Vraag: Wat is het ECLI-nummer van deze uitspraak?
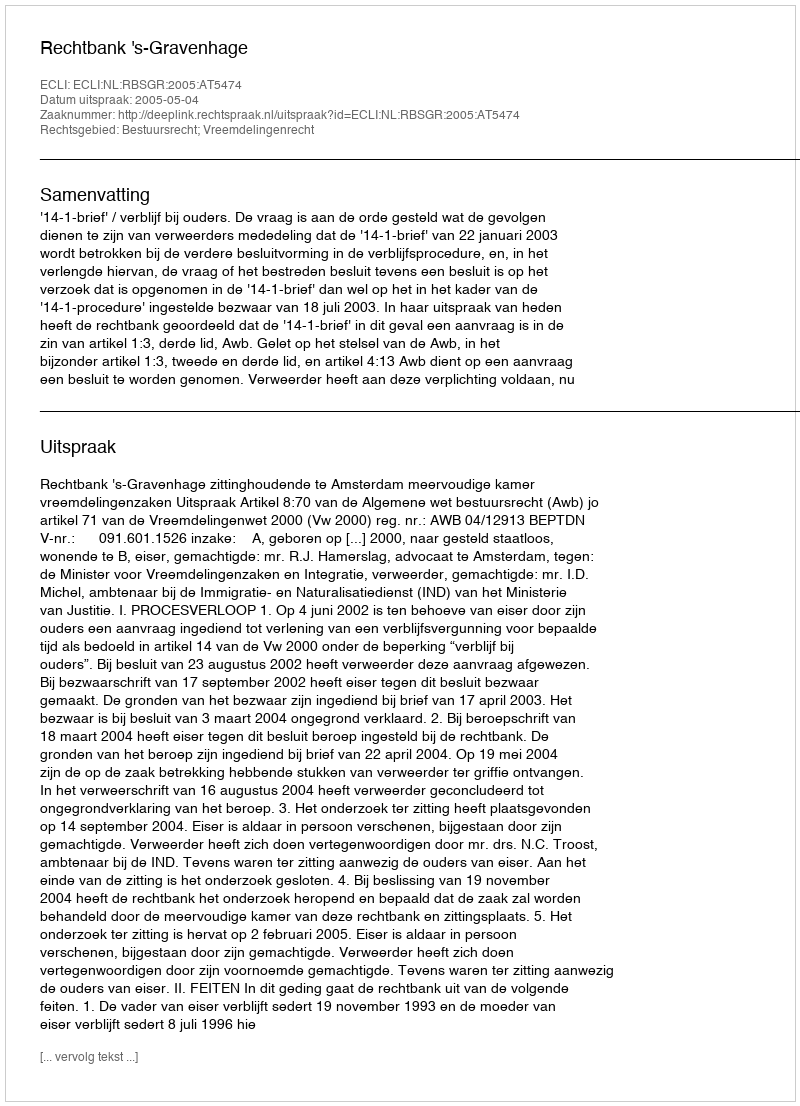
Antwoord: ECLI:NL:RBSGR:2005:AT5474